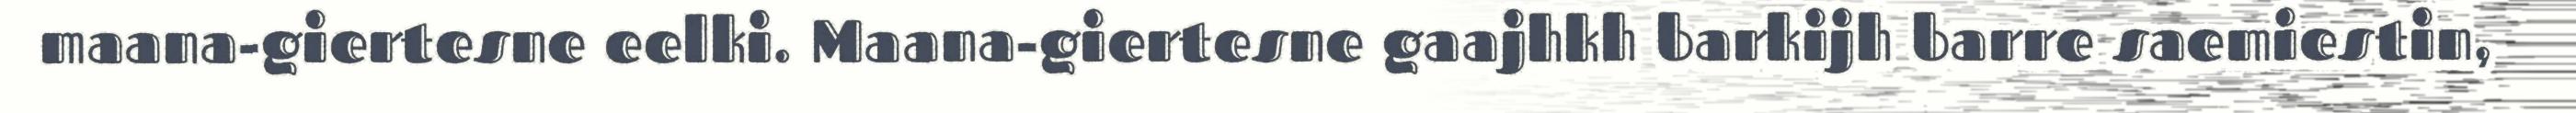
maana-giertesne eelki. Maana-giertesne gaajhkh barkijh barre saemiestin,